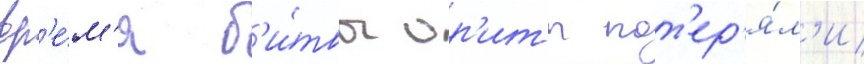
вр'е́м'я б'и́твы ор'иты пот'ер'я́л'и